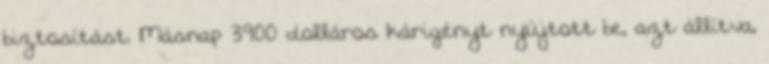
biztosítást. Másnap 3900 dolláros kárigényt nyújtott be, azt állítva,